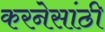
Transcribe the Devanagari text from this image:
करनेसांठी